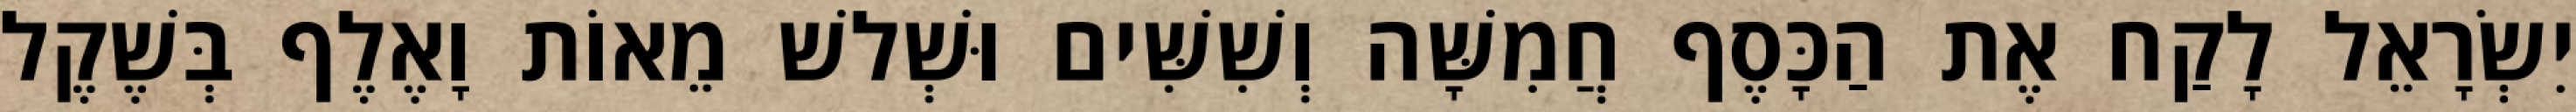
יִשְׂרָאֵל לָקַח אֶת הַכָּסֶף חֲמִשָּׁה וְשִׁשִּׁים וּשְׁלשׁ מֵאוֹת וָאֶלֶף בְּשֶׁקֶל